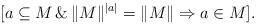
LaTeX: \begin{align*}[a \subseteq M \, \& \, \|M\|^{|a|} = \|M\| \Rightarrow a \in M].\end{align*}